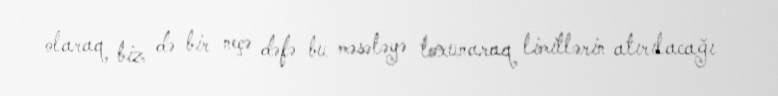
olaraq biz də bir neçə dəfə bu məsələyə toxunaraq limitlərin atırılacağı